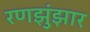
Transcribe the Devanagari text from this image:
रणझुंझार